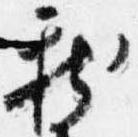
新